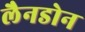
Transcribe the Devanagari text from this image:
लैनडोन